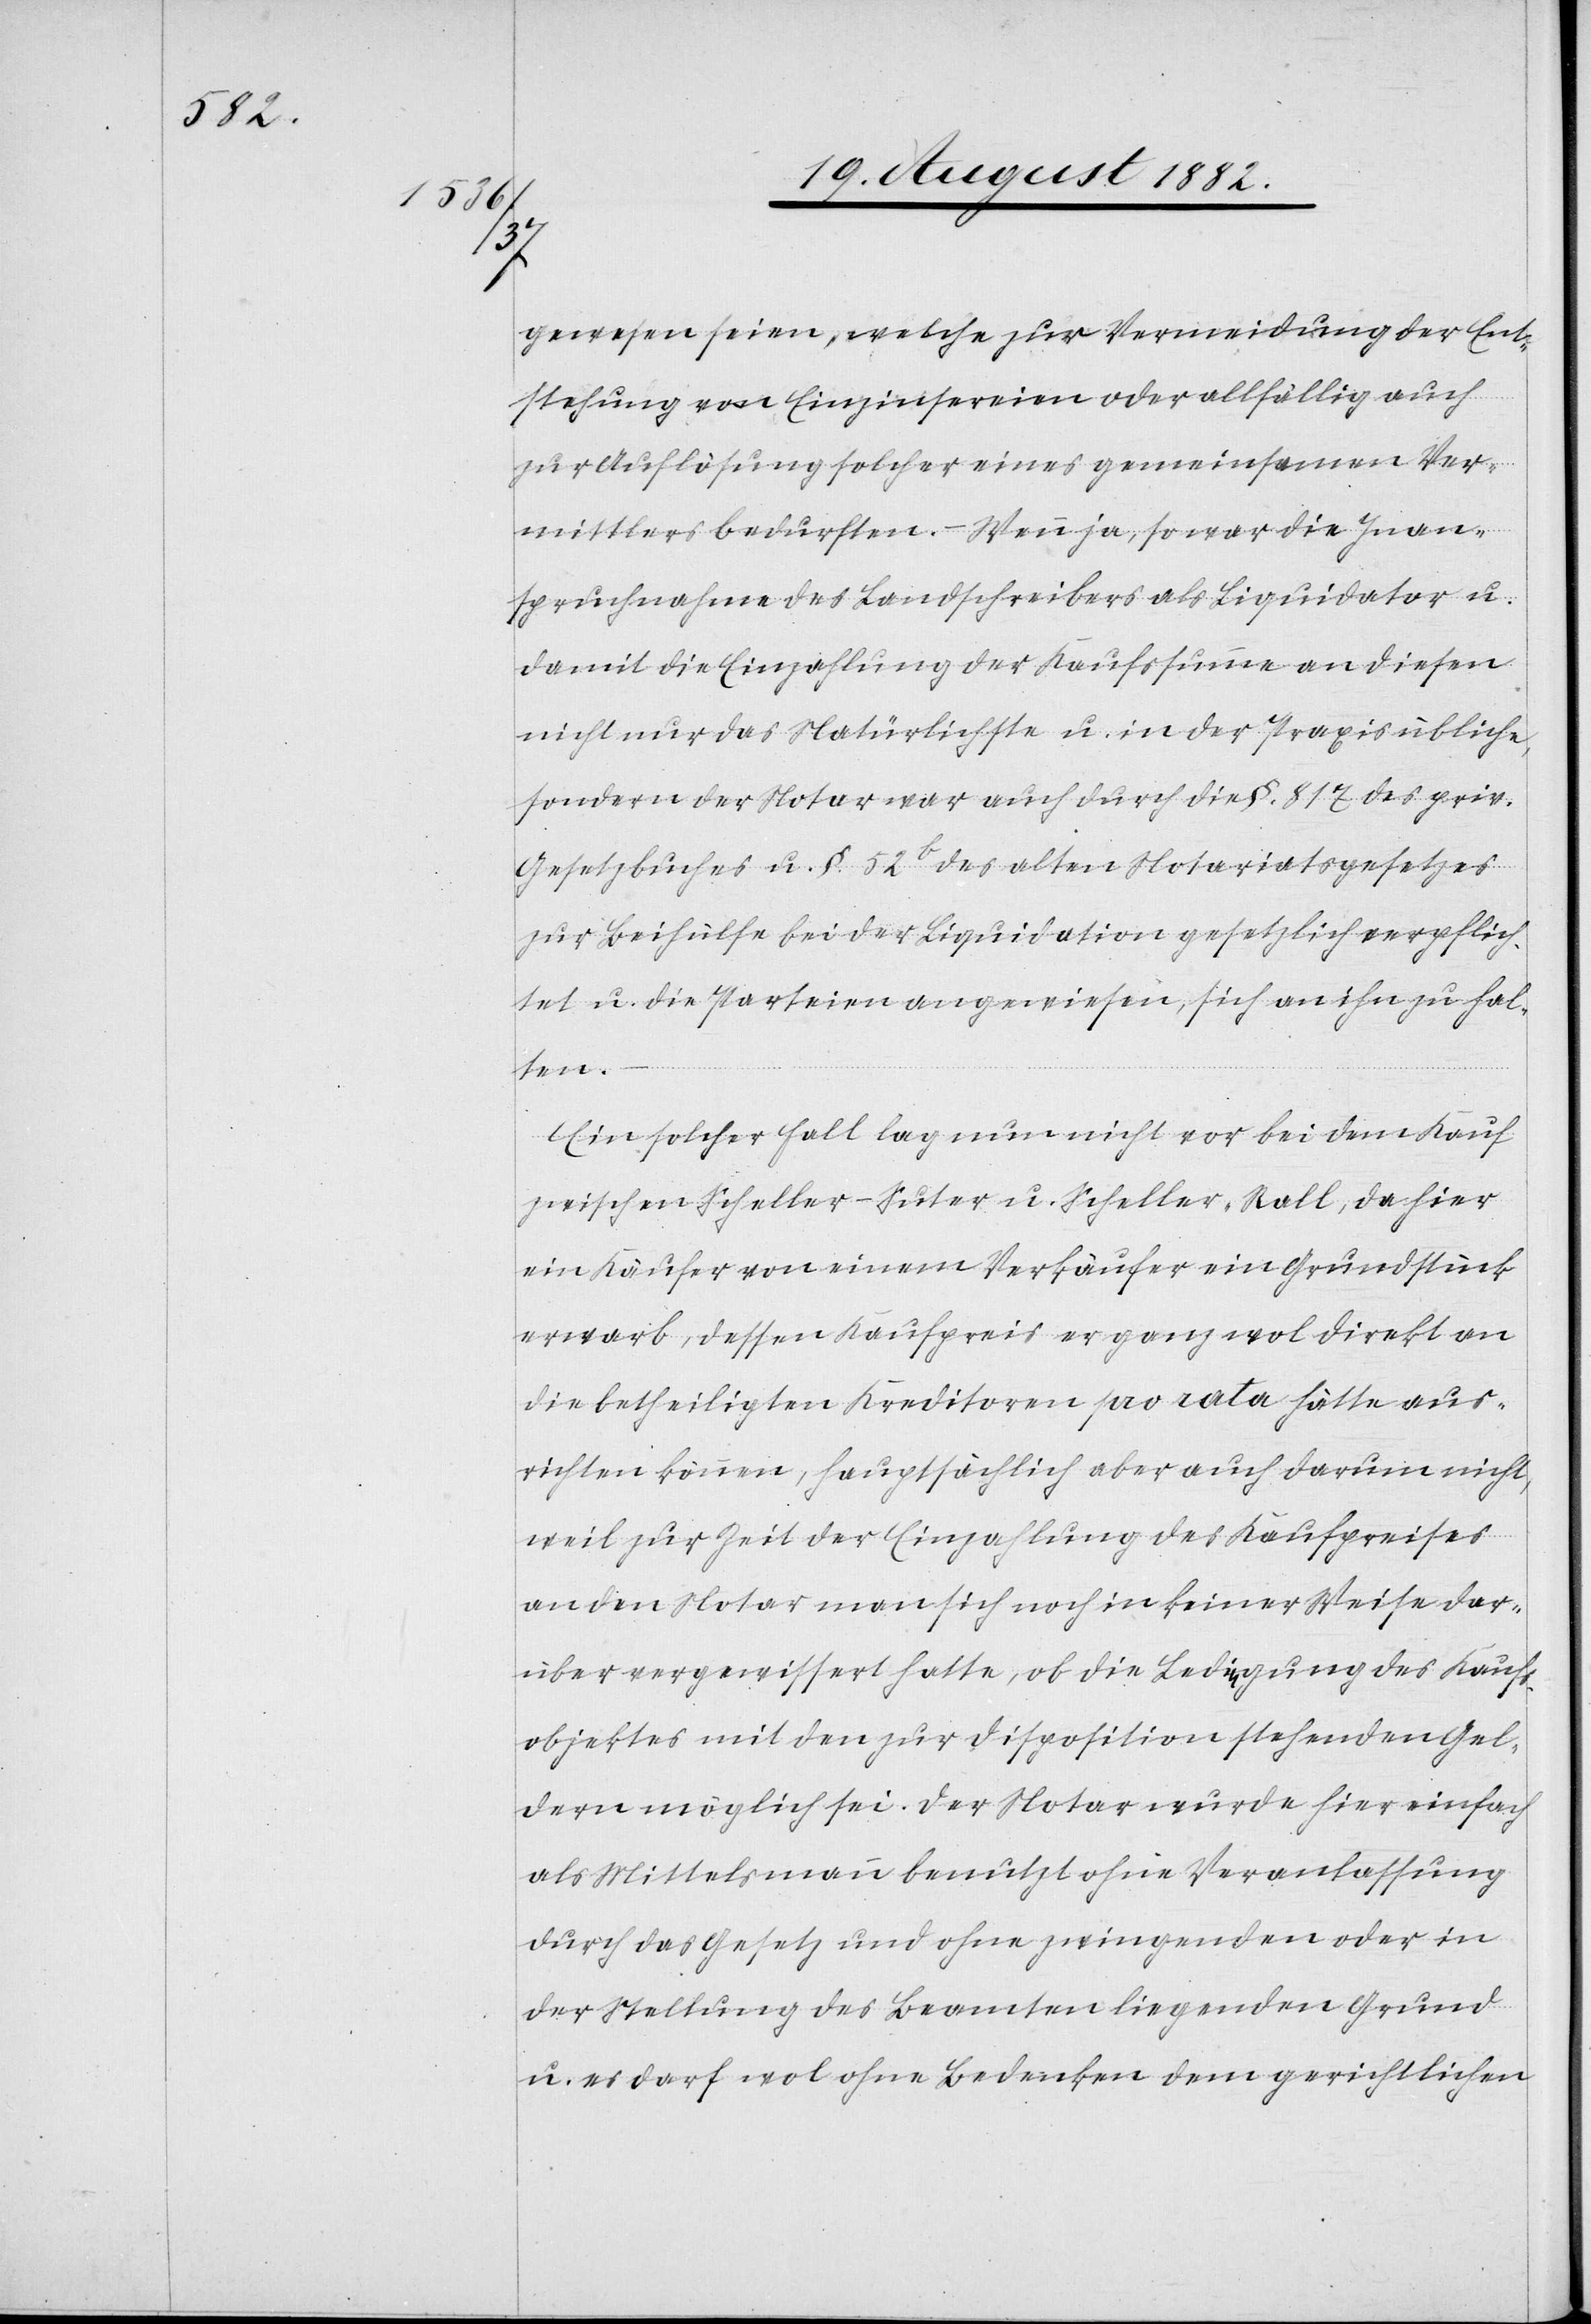
gewesen seien, welche zur Vermeidung der Ent¬
stehung von Einzinsereien oder allfällig auch
zur Auflösung solcher eines gemeinsamen Ver¬
mittlers bedurften. – Wenn ja, so war die Inan¬
spruchnahme des Landschreibers als Liquidator u.
damit die Einzahlung der Kaufssumme an diesen
nicht nur das Natürlichste u. in der Praxis übliche,
sondern der Notar war auch durch die §. 817 des priv.
Gesetzbuches u. §. 52b des alten Notariatsgesetzes
zur Beihülfe bei der Liquidation gesetzlich verpflich¬
tet u. die Parteien angewiesen, sich an ihn zu hal¬
ten.
Ein solcher Fall lag nun nicht vor bei dem Kauf
zwischen Scheller-Suter u. Scheller-Rall, da hier
ein Käufer von einem Verkäufer ein Grundstück
erwarb, dessen Kaufpreis er ganz wol direkt an
die betehiligten Kreditoren pro rata hätte aus¬
richten können, hauptsächlich aber auch darum nicht,
weil zur Zeit der Einzahlung des Kaufpreises
an den Notar man sich noch in keiner Weise dar¬
über vergewissert hatte, ob die Ledia-e-agung [sic!] des Kauf¬
sobjektes mit den zur Disposition stehenden Gel¬
dern möglich sei. Der Notar wurde hier einfach
als Mittelsmann benutzt ohne Veranlassung
durch das Gesetz und ohne zwingenden oder in
der Stellung des Beamten liegenden Grund
u. es darf wol ohne Bedenken dem gerichtlichen